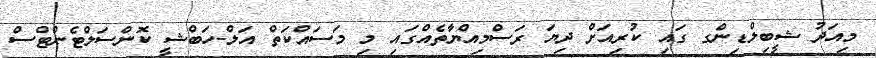
މިއަދު ޝީބިލްޑިންގ ގައި ކުރިއަށް ދިޔަ ރަސްމިއްޔާތެއްގައި މި މަސައްކަތް އަލް-ހަބްޝީ ކޮންސަލްޓެންޓްސް